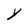
Character: Y